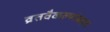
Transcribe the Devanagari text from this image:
व्रतवैकल्यांबद्दल